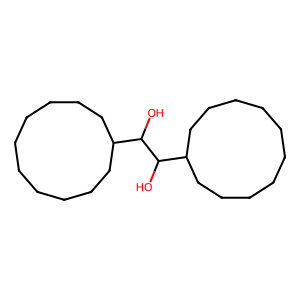
SMILES: OC(C1CCCCCCCCCC1)C(O)C1CCCCCCCCCC1
Inhibits HIV replication: No